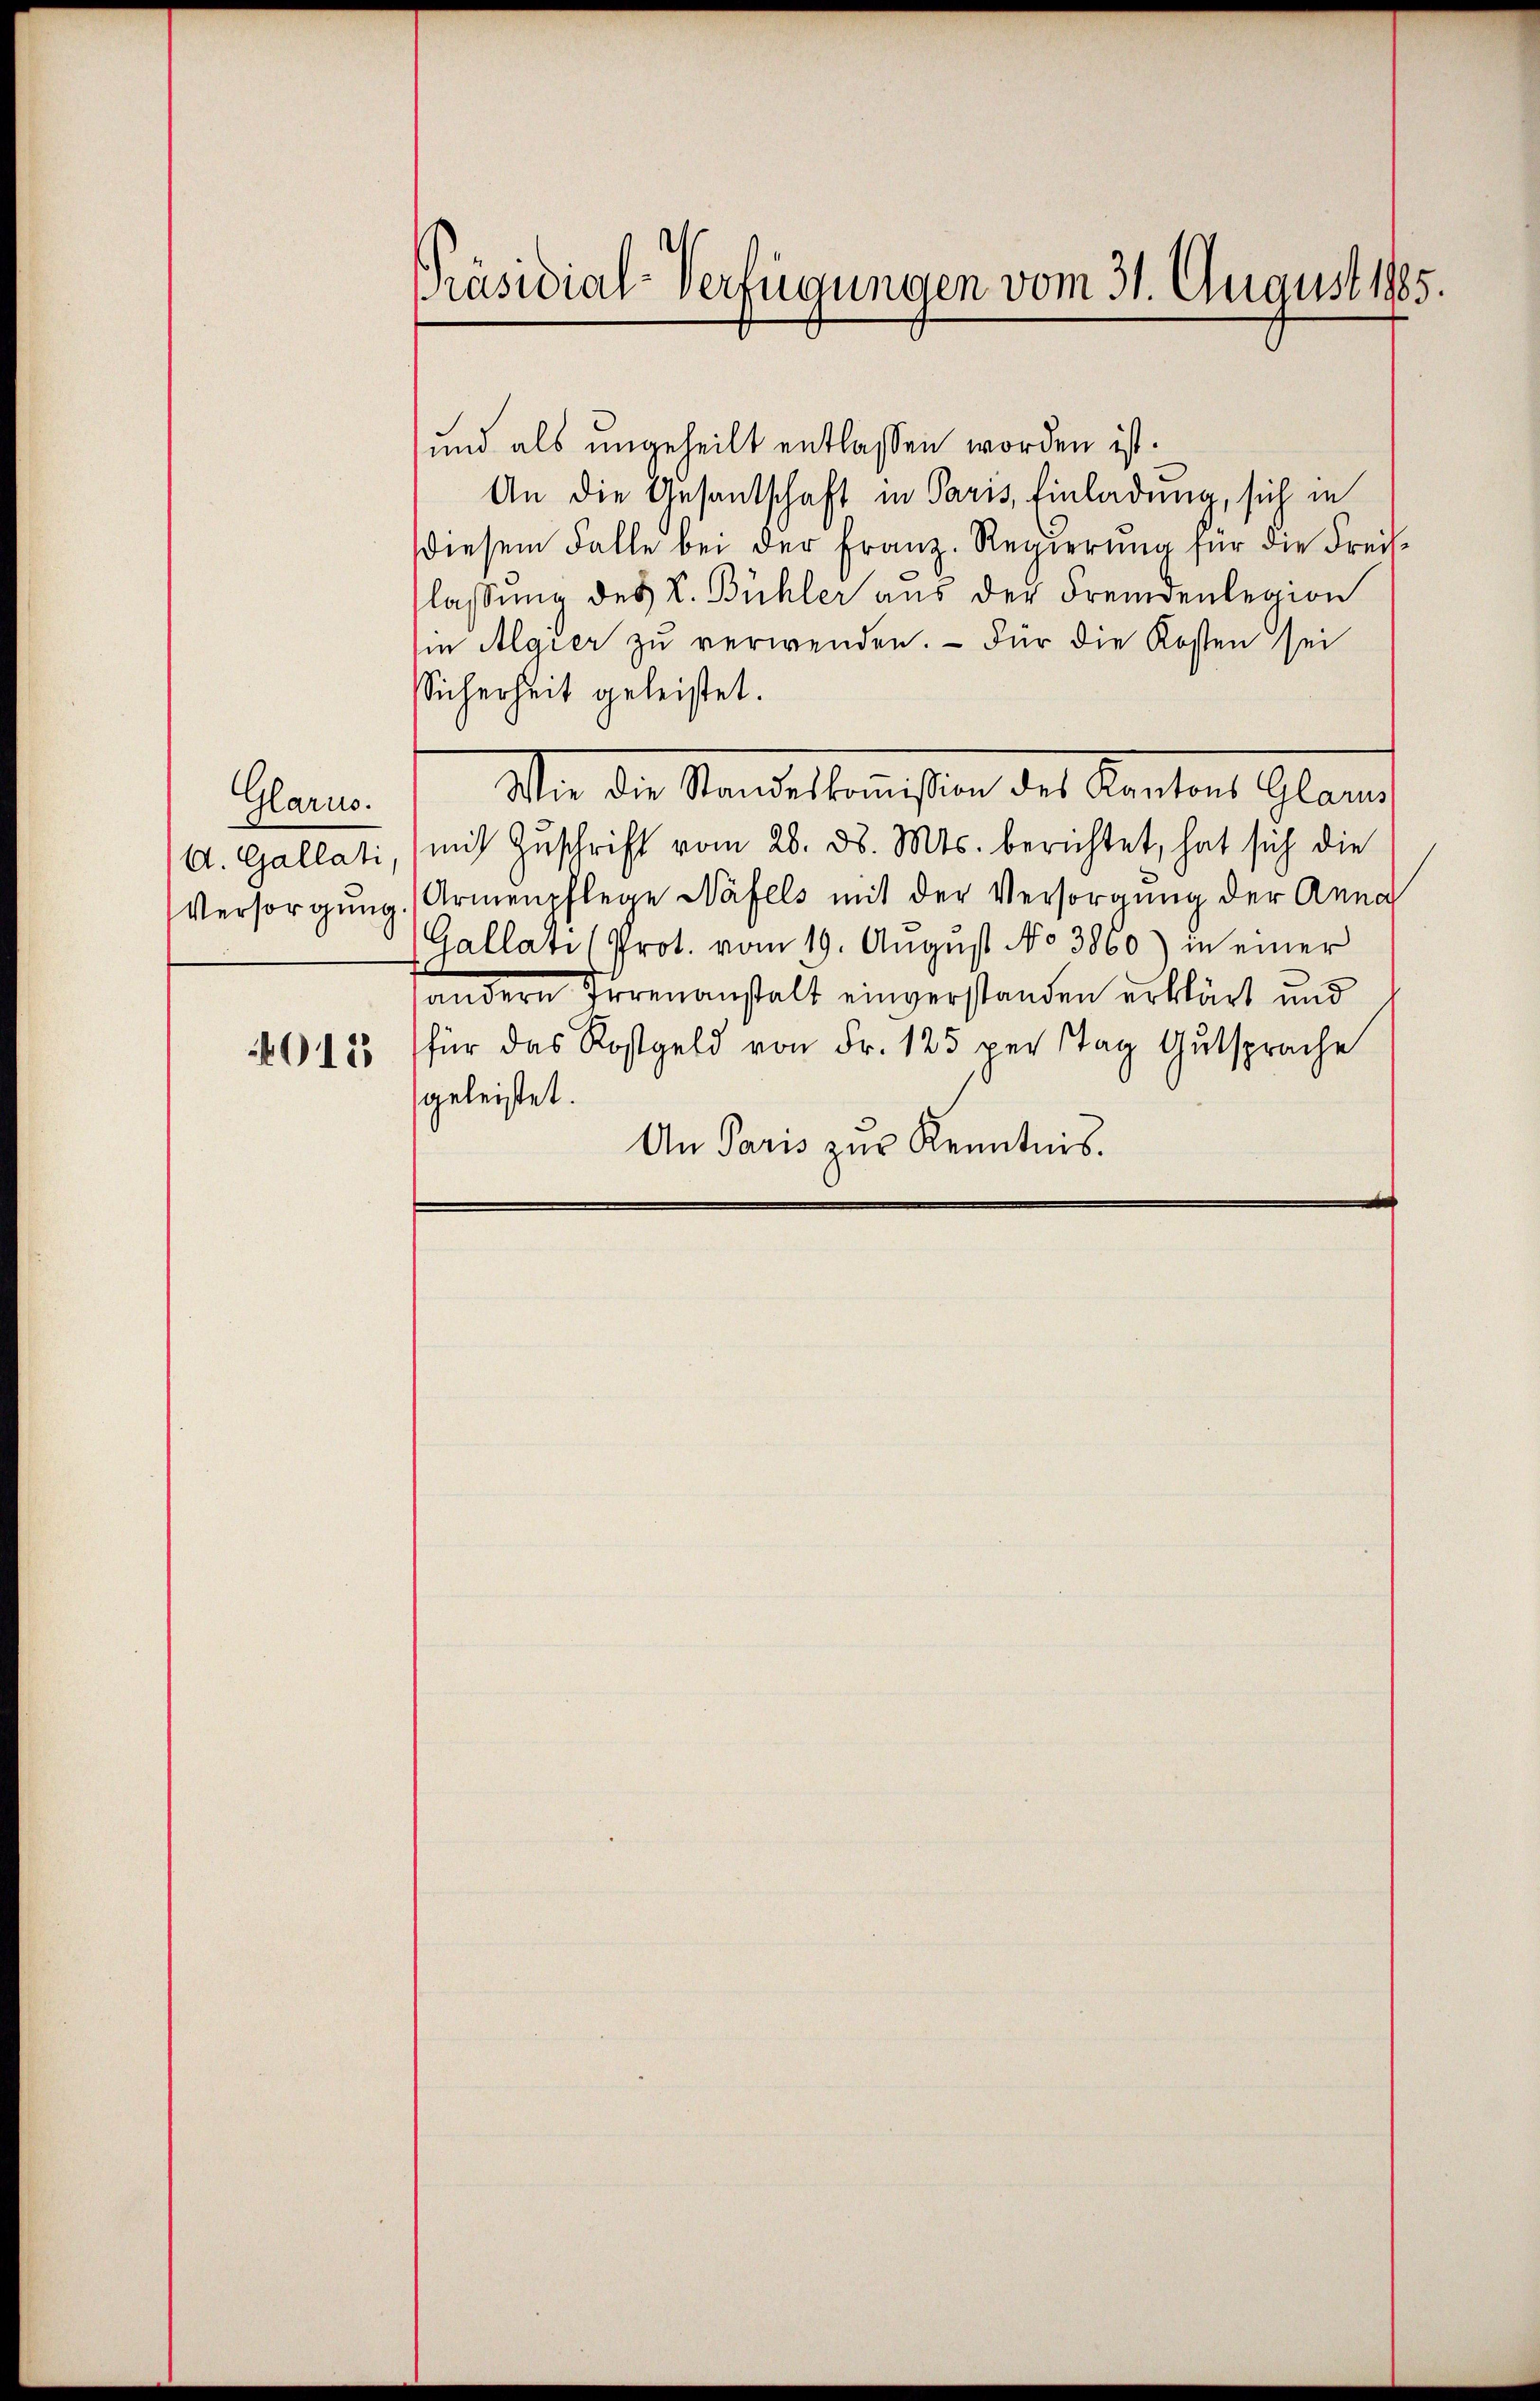
Glarus.
A. Gallati,

4013

Präsidial-Verfügungen vom 31. August 1885.

und als ungeheilt entlassen worden ist.
An die Gesantschaft in Paris, Einladung, sich in
diesem Falle bei der Franz-Regierŭng für die Freis-
lassung des L. Bühler aus der Fremdenlegion
in Algier zu verwenden. - Für die Kosten sei
sSicherheit geleistet.
mit Zŭschrift vom 26. d. Mts. berichtet, hat sich die
Versorgŭng Armenpflege Näfels mit der Versorgung der Anna
Gallati (Prot. vom 19. August No 3860) in einer
sandern Irrenanstalt einverstanden erklärt und
für das Kostgeld von Fr. 125 per Tag Gutsprache
geleistet.
An Paris zur Kenntnis.

Wie die Standeskommißion des Kantons Glarus